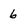
Character: 6